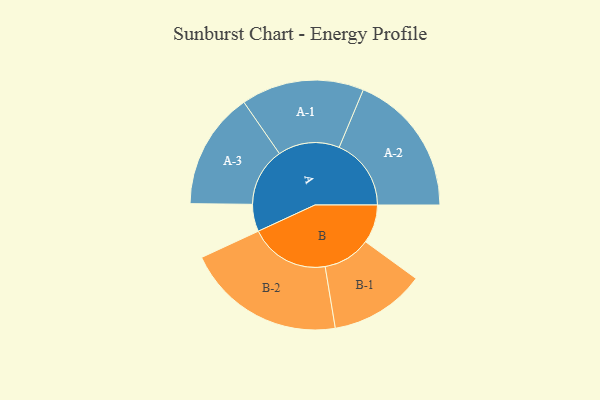
{"axis": {"x": "Segment", "y": "Value"}, "legend": ["", "A", "B"], "data": [{"x": "A", "y": 101, "type": ""}, {"x": "B", "y": 143, "type": ""}, {"x": "A-1", "y": 228, "type": "A"}, {"x": "A-2", "y": 267, "type": "A"}, {"x": "A-3", "y": 217, "type": "A"}, {"x": "B-1", "y": 177, "type": "B"}, {"x": "B-2", "y": 296, "type": "B"}]}